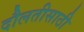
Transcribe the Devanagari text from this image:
दौलतीसाठी